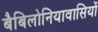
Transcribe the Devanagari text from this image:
बैबिलोनियावासियों